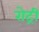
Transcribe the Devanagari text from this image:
रोट्री